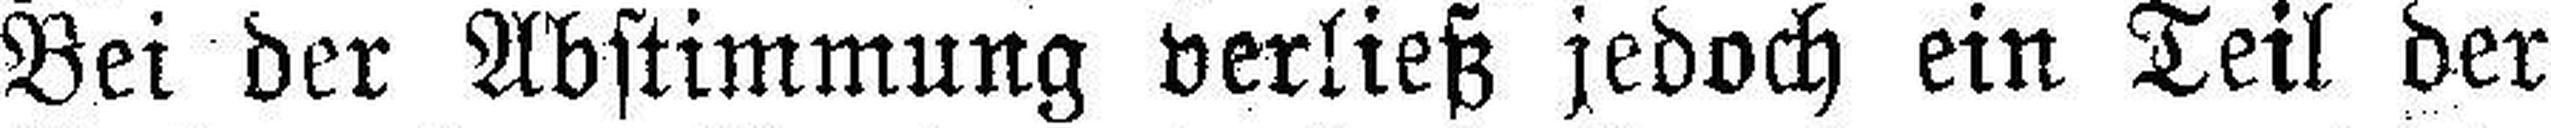
Bei der Abstimmung verließ jedoch ein Teil der